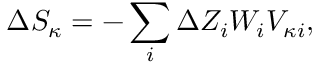
\Delta S _ { \kappa } = - \sum _ { i } \Delta Z _ { i } W _ { i } V _ { \kappa i } ,